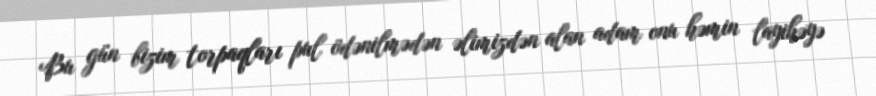
Bu gün bizim torpaqları pul ödənilmədən əlimizdən alan adam onu həmin layihəyə